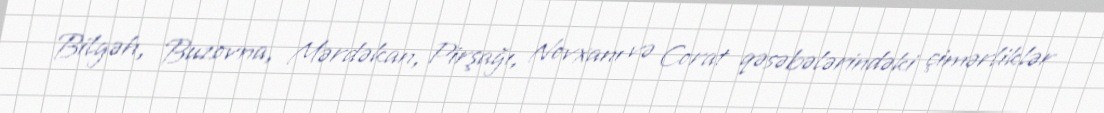
Bilgəh, Buzovna, Mərdəkan, Pirşağı, Novxanı və Corat qəsəbələrindəki çimərliklər